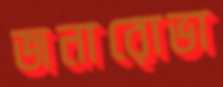
জনারোভা